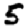
Digit: 5